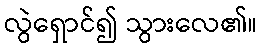
လွဲရှောင်၍ သွားလေ၏။